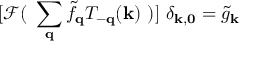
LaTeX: [ { \mathcal { F } } ( \mathrm { ~ } \sum _ { { \bf { q } } } { \tilde { f } } _ { { \bf { q } } } T _ { - { \bf { q } } } ( { \bf { k } } ) \mathrm { ~ } ) ] \mathrm { ~ } \delta _ { { \bf { k } } , { \bf { 0 } } } = { \tilde { g } } _ { { \bf { k } } }